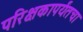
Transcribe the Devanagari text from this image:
परिक्षकापर्यंतचा